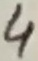
Text: 4